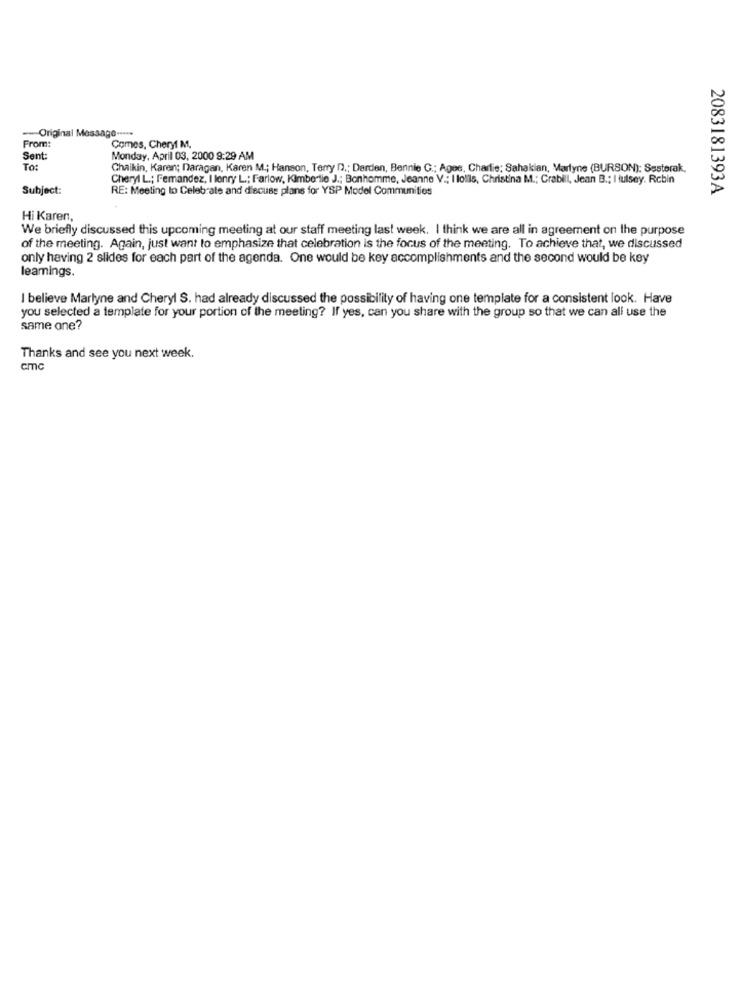
-Original Message .....
From:
Comes, Cheryl M.
Sent:
Monday, April 03, 2000 9:29 AM
To:
Chaikin, Karen; Daragan, Karen M .; Hanson, Terry D .; Derden, Bennie G .; Agee, Charlie; Sahakian, Martyne (BURSON): Sesterak,
Cheryl L .; Femandez, I lenry L .; Farlow, Kimbertie J .; Bonhomme, Jeanne V .; I lolls, Christina M .; Crabill, Jean B .: I tulsey. Rcbin
Subject:
RE: Meeting to Celebrate and discuss plans for YSP Model Communities
2083181393A
Hi Karen,
We briefly discussed this upcoming meeting at our staff meeting last week. I think we are all in agreement on the purpose
of the meeting. Again, just want to emphasize that celebration is the focus of the meeting. To achieve that, we discussed
only having 2 slides for each part of the agenda. One would be key accomplishments and the second would be key
leamings.
I believe Marlyne and Cheryl S. had already discussed the possibility of having one template for a consistent look. Have
you selected a template for your portion of the meeting? If yes, can you share with the group so that we can all use the
same one?
Thanks and see you next week.
cmc